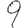
Digit: 9